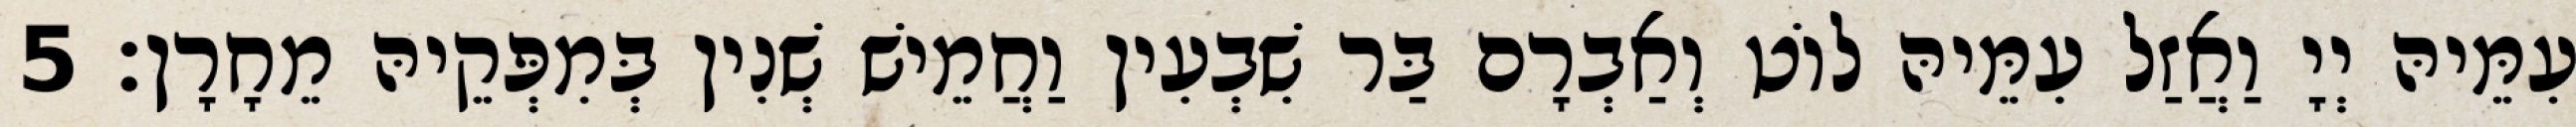
עִמֵּיהּ יְיָ וַאֲזַל עִמֵּיהּ לוֹט וְאַבְרָם בַּר שִׁבְעִין וַחֲמֵישׁ שְׁנִין בְּמִפְּקֵיהּ מֵחָרָן׃ 5